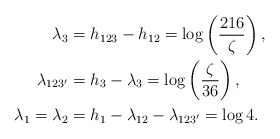
\begin{align*}\lambda_{3}&=h_{123}-h_{12} = \log \left(\frac{216}{\zeta}\right),\\\lambda_{123'}&=h_3-\lambda_{3}= \log \left(\frac{\zeta}{36}\right),\\\lambda_{1}=\lambda_2&=h_{1}-\lambda_{12}-\lambda_{123'} = \log 4.\end{align*}